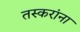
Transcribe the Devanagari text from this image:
तस्करांना